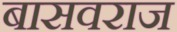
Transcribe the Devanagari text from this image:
बासवराज